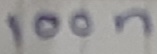
Text: 100n